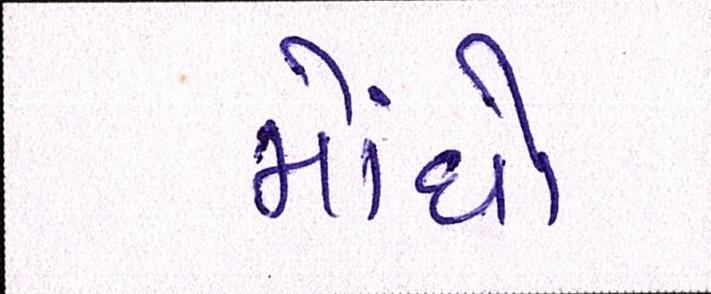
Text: મોંધો